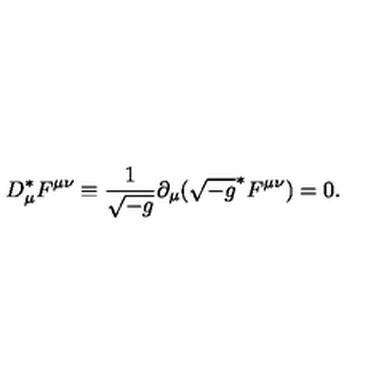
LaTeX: D _ { \mu } ^ { * } F ^ { \mu \nu } \equiv \frac { 1 } { \sqrt { - g } } \partial _ { \mu } ( \sqrt { - g } ^ { * } F ^ { \mu \nu } ) = 0 .